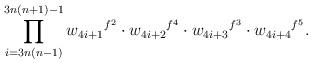
LaTeX: \begin{align*} \prod_{i=3n(n-1)}^{3n(n+1)-1}{w_{4i+1}}^{f^{2}}\cdot {w_{4i+2}}^{f^{4}}\cdot{w_{4i+3}}^{f^{3}}\cdot {w_{4i+4}}^{f^{5}}.\end{align*}